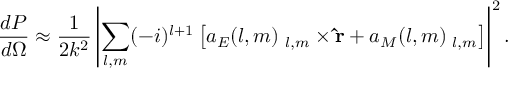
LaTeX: { \frac { d P } { d \Omega } } \approx { \frac { 1 } { 2 k ^ { 2 } } } \left| \sum _ { l , m } ( - i ) ^ { l + 1 } \left[ a _ { E } ( l , m ) \mathbf { \Phi } _ { l , m } \times \mathbf { \hat { r } } + a _ { M } ( l , m ) \mathbf { \Phi } _ { l , m } \right] \right| ^ { 2 } .